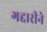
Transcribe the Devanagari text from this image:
गद्दारीने